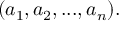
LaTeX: ( a _ { 1 } , a _ { 2 } , . . . , a _ { n } ) .